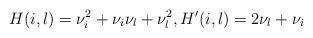
LaTeX: \begin{align*}H(i,l)=\nu_{i}^{2}+\nu_{i}\nu_{l}+\nu_{l}^{2},H'(i,l)=2\nu_{l}+\nu_{i}\end{align*}